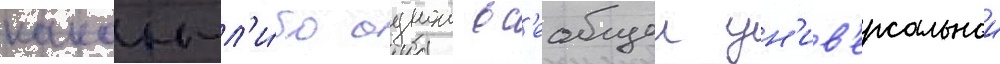
какои-л'и́бо однои вс'еобщеи ун'ив'ерсальнои